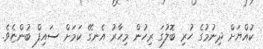
ކުއްޔަށް ދިނުމުގެ ހުރި ބޮލުގަ ރިހުން މިހާރު އެނގޭ ކަމަށް ސައިފް ބުންޏެވެ.